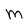
Character: M